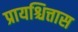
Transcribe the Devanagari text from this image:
प्रायश्चित्तास